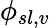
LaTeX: \phi_{sl,v}